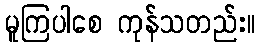
မူကြပါစေ ကုန်သတည်း။